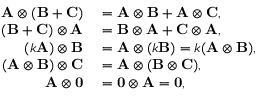
\begin{array} { r l } { \mathbf { A } \otimes ( \mathbf { B } + \mathbf { C } ) } & { { } = \mathbf { A } \otimes \mathbf { B } + \mathbf { A } \otimes \mathbf { C } , } \\ { ( \mathbf { B } + \mathbf { C } ) \otimes \mathbf { A } } & { { } = \mathbf { B } \otimes \mathbf { A } + \mathbf { C } \otimes \mathbf { A } , } \\ { ( k \mathbf { A } ) \otimes \mathbf { B } } & { { } = \mathbf { A } \otimes ( k \mathbf { B } ) = k ( \mathbf { A } \otimes \mathbf { B } ) , } \\ { ( \mathbf { A } \otimes \mathbf { B } ) \otimes \mathbf { C } } & { { } = \mathbf { A } \otimes ( \mathbf { B } \otimes \mathbf { C } ) , } \\ { \mathbf { A } \otimes \mathbf { 0 } } & { { } = \mathbf { 0 } \otimes \mathbf { A } = \mathbf { 0 } , } \end{array}